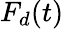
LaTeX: F_{d}(t)